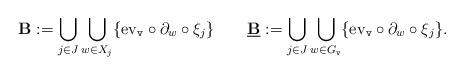
LaTeX: \begin{align*}\mathbf{B}:=\bigcup_{j\in J}\bigcup_{w\in X_j}\{\mathrm{ev}_{\mathtt{v}}\circ \partial_w\circ \xi_j\}\qquad\underline{\mathbf{B}}:=\bigcup_{j\in J}\bigcup_{w\in G_{\mathtt{v}}}\{\mathrm{ev}_{\mathtt{v}}\circ \partial_w\circ \xi_j\}.\end{align*}